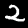
Digit: 2